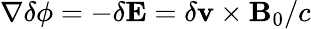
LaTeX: \nabla\delta\phi=-\delta\mathbf{E}=\delta\mathbf{v}\times\mathbf{B}_{0}/c